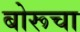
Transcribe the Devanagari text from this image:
बोरूचा